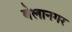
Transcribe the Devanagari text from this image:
बेलानगर